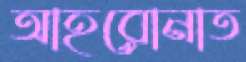
আহরোনাত